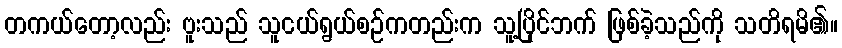
တကယ်တော့လည်း ဗူးသည် သူငယ်ရွယ်စဉ်ကတည်းက သူ့ပြိုင်ဘက် ဖြစ်ခဲ့သည်ကို သတိရမိ၏။